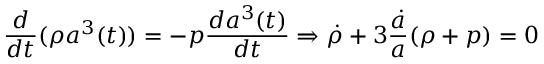
\frac { d } { d t } ( \rho a ^ { 3 } ( t ) ) = - p \frac { d a ^ { 3 } ( t ) } { d t } \Rightarrow \dot { \rho } + 3 \frac { \dot { a } } { a } ( \rho + p ) = 0